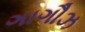
ગાગૌઝ